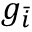
g _ { \bar { i } }